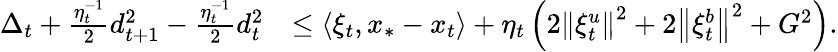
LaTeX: \begin{array}{rl}{\Delta_{t}+\frac{\eta_{t}^{-1}}{2}d_{t+1}^{2}-\frac{\eta_{t}^{-1}}{2}d_{t}^{2}}&{\leq\langle\xi_{t},x_{*}-x_{t}\rangle+\eta_{t}\left(2\left\Vert\xi_{t}^{u}\right\Vert^{2}+2\left\Vert\xi_{t}^{b}\right\Vert^{2}+G^{2}\right).}\end{array}